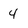
Character: 4